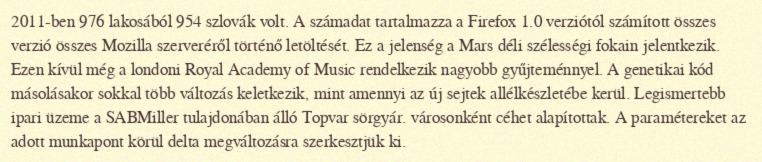
2011-ben 976 lakosából 954 szlovák volt. A számadat tartalmazza a Firefox 1.0 verziótól számított összes verzió összes Mozilla szerveréről történő letöltését. Ez a jelenség a Mars déli szélességi fokain jelentkezik. Ezen kívül még a londoni Royal Academy of Music rendelkezik nagyobb gyűjteménnyel. A genetikai kód másolásakor sokkal több változás keletkezik, mint amennyi az új sejtek allélkészletébe kerül. Legismertebb ipari üzeme a SABMiller tulajdonában álló Topvar sörgyár. városonként céhet alapítottak. A paramétereket az adott munkapont körül delta megváltozásra szerkesztjük ki.